Senior Leaving Certificate Examination (including Day School Certificate (Higher) General paper), 1946
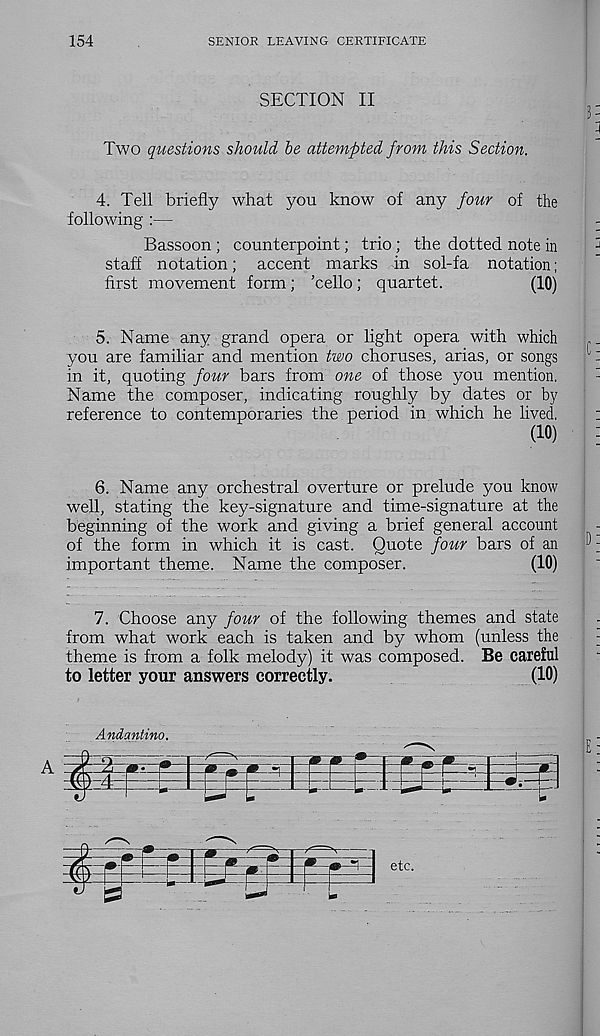
154
SENIOR LEAVING CERTIFICATE
SECTION II
Two questions should be attempted from this Section.
4. Tell briefly what you know of any four of the
following
Bassoon ; counterpoint; trio ; the dotted note in
staff notation; accent marks in sol-fa notation;
first movement form; ’cello; quartet.
(10)
5. Name any grand opera or light opera with which
you are familiar and mention two choruses, arias, or songs
in it, quoting four bars from one of those you mention.
Name the composer, indicating roughly by dates or by
reference to contemporaries the period in which he lived.
(10)
6. Name any orchestral overture or prelude you know
well, stating the key-signature and time-signature at the
beginning of the work and giving a brief general account
of the form in which it is cast. Quote four bars of an
important theme. Name the composer.
(10)
7. Choose any four of the following themes and state
from what work each is taken and by whom (unless the
theme is from a folk melody) it was composed. Be careful
to letter your answers correctly.
(10)
Andantino.
etc.